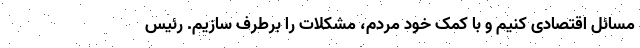
مسائل اقتصادی کنیم و با کمک خود مردم، مشکلات را برطرف سازیم. رئیس